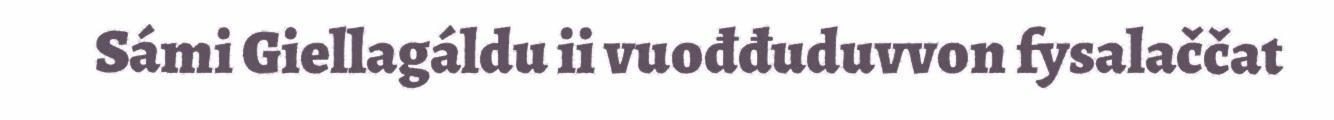
Sámi Giellagáldu ii vuođđuduvvon fysalaččat